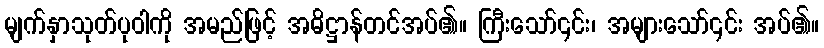
မျက်နှာသုတ်ပုဝါကို အမည်ဖြင့် အဓိဋ္ဌာန်တင်အပ်၏။ ကြီးသော်၎င်း၊ အများသော်၎င်း အပ်၏။